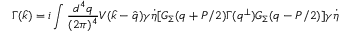
\Gamma ( { \hat { k } } ) = i \int { \frac { d ^ { 4 } q } { ( 2 \pi ) ^ { 4 } } } V ( { \hat { k } } - { \hat { q } } ) \gamma \dot { \eta } [ G _ { \Sigma } ( q + P / 2 ) \Gamma ( q ^ { \perp } ) G _ { \Sigma } ( q - P / 2 ) ] \gamma \dot { \eta }